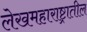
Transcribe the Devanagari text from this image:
लेखमहाराष्ट्रातील